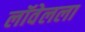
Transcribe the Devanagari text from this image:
लॉवेलला